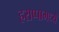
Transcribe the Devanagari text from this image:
हराप्पामध्ये